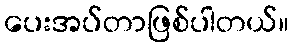
ပေးအပ်တာဖြစ်ပါတယ်။